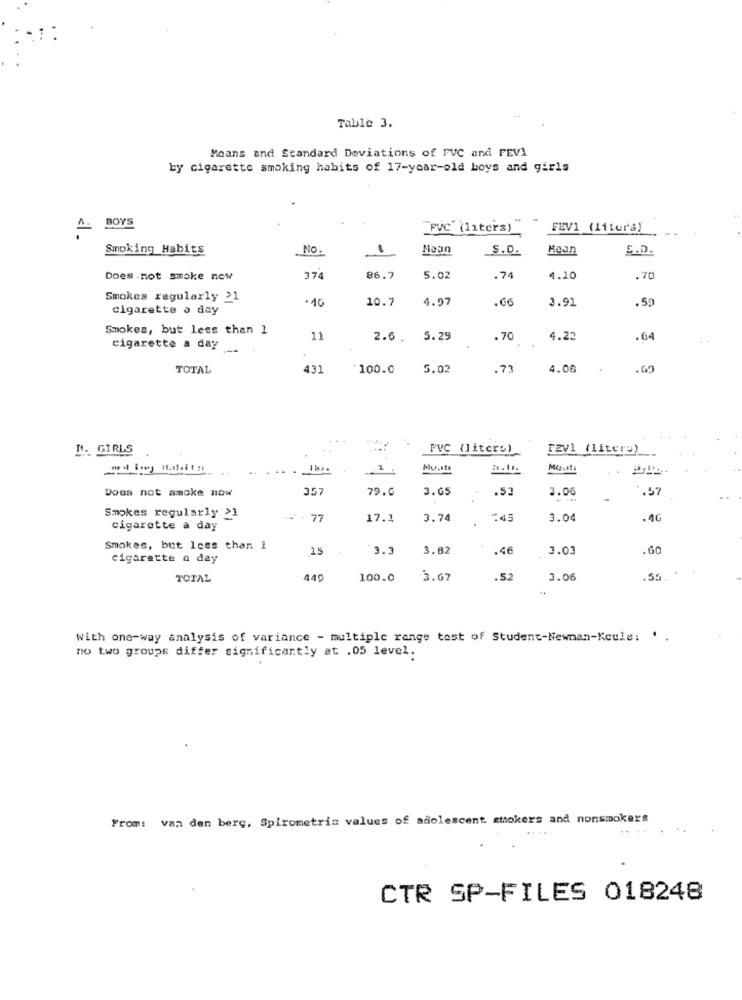
Table 3.
Means and Standard Deviations of FVC and FEV1
by cigarette smoking habits of 17-year-old boys and girls
BOYS
PVC"(liters)"
FEV1 (litur's)
Smoking Habits
NO .
Maan
S.D.
Mean
S.D.
Does not smoke now
374
86.7
5.02
.74
4.10
.70
Smokes regularly >1
·10
10.7
4.97
3.91
.59
cigarette a day
Smokes, but less than 1
11
2.6.
5.29
.70
4.22
.64
cigarette a day
TOTAL
431
100.0
5.02
.73
4.00
.60
...
M- GIRLS
FVC (liters)
FEV1 (Litery)
MU.it
Does not amoke now
357
79.6
3.65
1.53
*. 57
3.06
Smokes regularly >1
- 77
17.1
3.74
:45
3.04
.4G
cigarette a day
Smokes, but less than 1
15
3.3
3.82
.46
3.03
.60
Cigarette a day
TOTAL
440
100.0
3.67
.52
3.06
.55. *
With one-way analysis of variance - multiple range test of Student-Newnan-Kouls: '
no two groups differ significantly at .05 level.
From: van den berg, Spirometria values of adolescent smokers and nonsmokers
CTR SP-FILES 018248